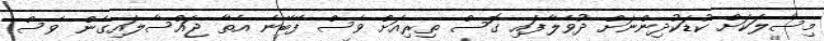
މިސާލަކަށް ކުޑަކުދިންނަށް ދުވެލާފައި ގޮސް ތިރިއަށް ވެސް ފޭބޭނެ އެތާ ޖައްސާލައިގެން ވެސް